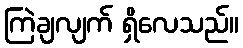
ကြဲချလျက် ရှိလေသည်။